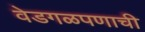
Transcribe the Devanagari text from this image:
वेडगळपणाची